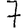
Digit: 7